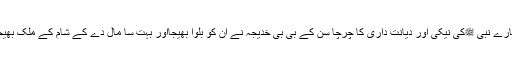
ہمارے نبی ﷺکی نیکی اور دیانت داری کا چرچا سن کے بی بی خدیجہ نے ان کو بلوا بھیجااور بہت سا مال دے کے شام کے ملک بھیجا۔